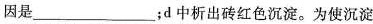
因是___；d中析出砖红色沉淀。为使沉淀